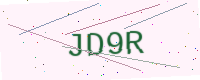
Text: JD9R